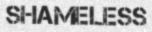
SHAMELESS